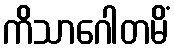
ကိသာဂေါတမိံ